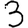
Digit: 3